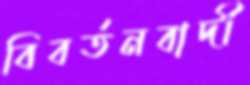
বিবর্তনবাদী